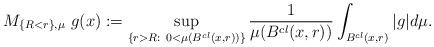
LaTeX: \begin{align*}M_{\{ R < r\}, \mu} \ g(x) := \sup _{\{r > R : \ 0 < \mu (B^{cl}(x, r))\}} \frac{1}{\mu(B^{cl}(x, r))} \int _{B^{cl}(x, r)} |g| d\mu.\end{align*}